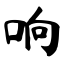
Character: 响